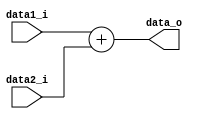
module Add32_2
(
    data1_i,
    data2_i,
    data_o
);

    parameter width = 32;

    input   [width - 1: 0]     data1_i;
    input   [width - 1: 0]     data2_i;
    output  [width - 1: 0]     data_o;

	assign data_o = data1_i + data2_i;

endmodule